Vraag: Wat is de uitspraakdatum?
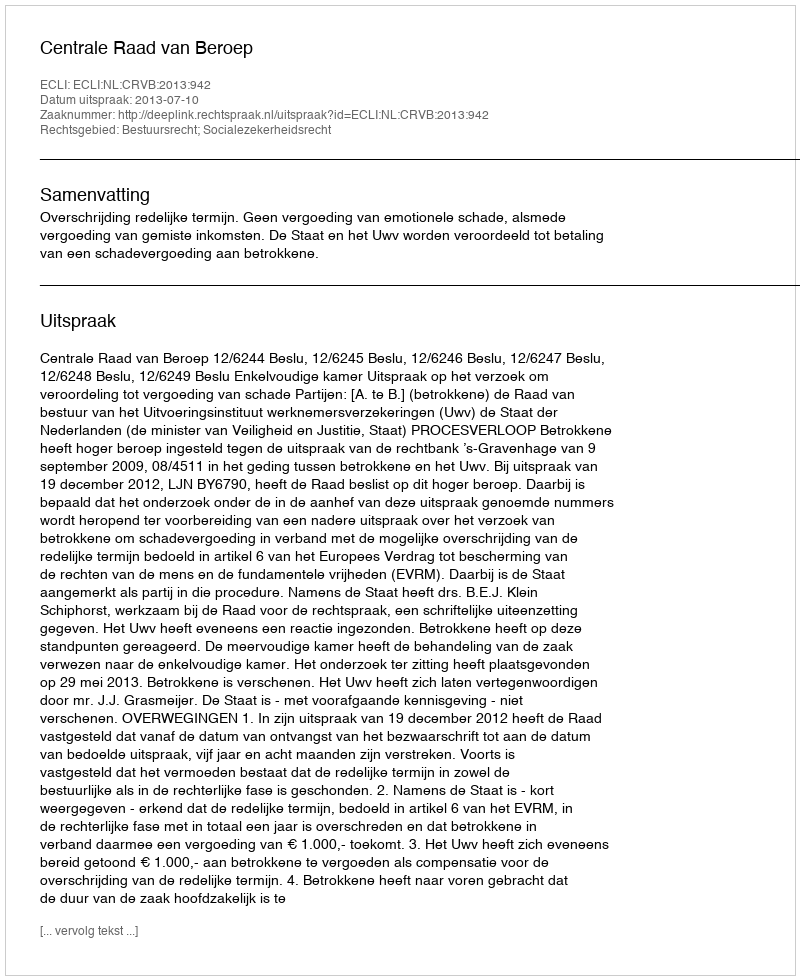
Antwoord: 2013-07-10